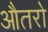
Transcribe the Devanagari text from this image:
औतरो